Civil Veterinary Dept. North-West Frontier Province 1901-22 - 1901-1922
Year: 1901
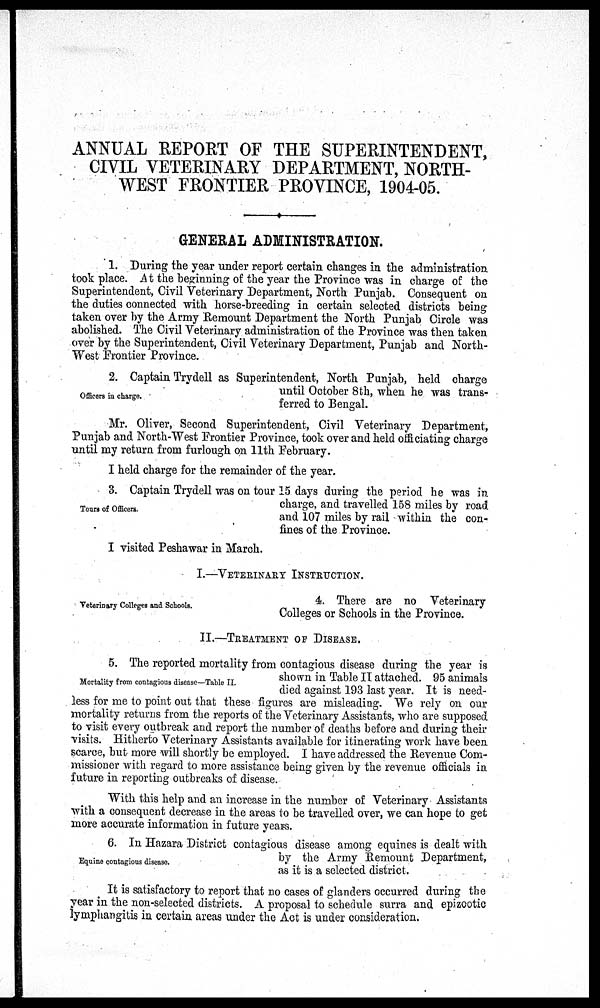
ANNUAL REPORT OF THE SUPERINTENDENT,
CIVIL VETERINARY DEPARTMENT, NORTH-
WEST FRONTIER PROVINCE, 1904-05.
GENERAL ADMINISTRATION.
1. During the year under report certain changes in the administration
took place. At the beginning of the year the Province was in charge of the
Superintendent, Civil Veterinary Department, North Punjab. Consequent on
the duties connected with horse-breeding in certain selected districts being
taken over by the Army Remount Department the North Punjab Circle was
abolished. The Civil Veterinary administration of the Province was then taken
over by the Superintendent, Civil Veterinary Department, Punjab and North-
West Frontier Province.
Officers in charge.
2. Captain Trydell as Superintendent, North Punjab, held charge
until October 8th, when he was trans-
ferred to Bengal.
Mr. Oliver, Second Superintendent, Civil Veterinary Department,
Punjab and North-West Frontier Province, took over and held officiating charge
until my return from furlough on 11th February.
I held charge for the remainder of the year.
Tours of Officers.
3. Captain Trydell was on tour 15 days during the period he was in
charge, and travelled 158 miles by road
and 107 miles by rail within the con-
fines of the Province.
I visited Peshawar in March.
I.—VETERINARY INSTRUCTION.
Veterinary Colleges and Schools.
4. There are no Veterinary
Colleges or Schools in the Province.
II.—TREATMENT OF DISEASE.
Mortality from contagious disease—Table II.
5. The reported mortality from contagious disease during the year is
shown in Table II attached. 95 animals
died against 193 last year. It is need-
less for me to point out that these figures are misleading. We rely on our
mortality returns from the reports of the Veterinary Assistants, who are supposed
to visit every outbreak and report the number of deaths before and during their
visits. Hitherto Veterinary Assistants available for itinerating work have been
scarce, but more will shortly be employed. I have addressed the Revenue Com-
missioner with regard to more assistance being given by the revenue officials in
future in reporting outbreaks of disease.
With this help and an increase in the number of Veterinary Assistants
with a consequent decrease in the areas to be travelled over, we can hope to get
more accurate information in future years.
Equine contagious disease.
6. In Hazara District contagious disease among equines is dealt with
by the Army Remount Department,
as it is a selected district.
It is satisfactory to report that no cases of glanders occurred during the
year in the non-selected districts. A proposal to schedule surra and epizootic
lymphangitis in certain areas under the Act is under consideration.